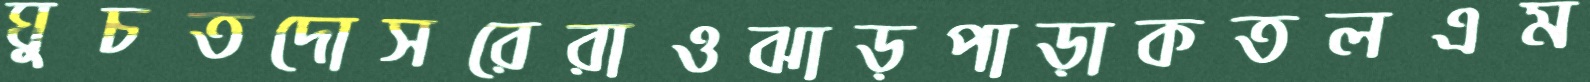
ঘুচতদোসরেরাওঝাড়পাড়াকতলএম